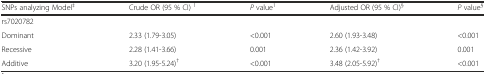
<table><thead><tr><td><b>SNPs analyzing Model<sup>‡</sup></b></td><td><b>Crude OR (95 % CI) <sup>1</sup></b></td><td><b><i>P</i> value<sup>1</sup></b></td><td><b>Adjusted OR (95 % CI)<sup>§</sup></b></td><td><b><i>P</i> value<sup>§</sup></b></td></tr></thead><tbody><tr><td>rs7020782</td><td></td><td></td><td></td><td></td></tr><tr><td>Dominant</td><td>2.33 (1.79-3.05)</td><td>&lt;0.001</td><td>2.60 (1.93-3.48)</td><td>&lt;0.001</td></tr><tr><td>Recessive</td><td>2.28 (1.41-3.66)</td><td>0.001</td><td>2.36 (1.42-3.92)</td><td>0.001</td></tr><tr><td>Additive</td><td>3.20 (1.95-5.24)<sup>†</sup></td><td>&lt;0.001</td><td>3.48 (2.05-5.92)<sup>†</sup></td><td>&lt;0.001</td></tr></tbody></table>